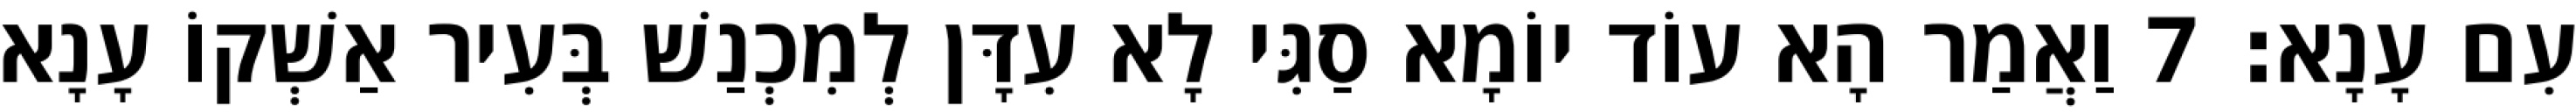
עִם עָנָא׃ 7 וַאֲמַר הָא עוֹד יוֹמָא סַגִּי לָא עִדָּן לְמִכְנַשׁ בְּעִיר אַשְׁקוֹ עָנָא